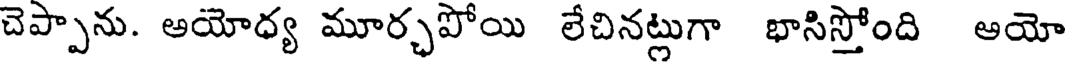
చెప్పాను. అయోధ్య మూర్చపోయి లేచినట్లుగా భాసిస్తోంది అయో